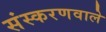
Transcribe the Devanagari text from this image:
संस्करणवाले